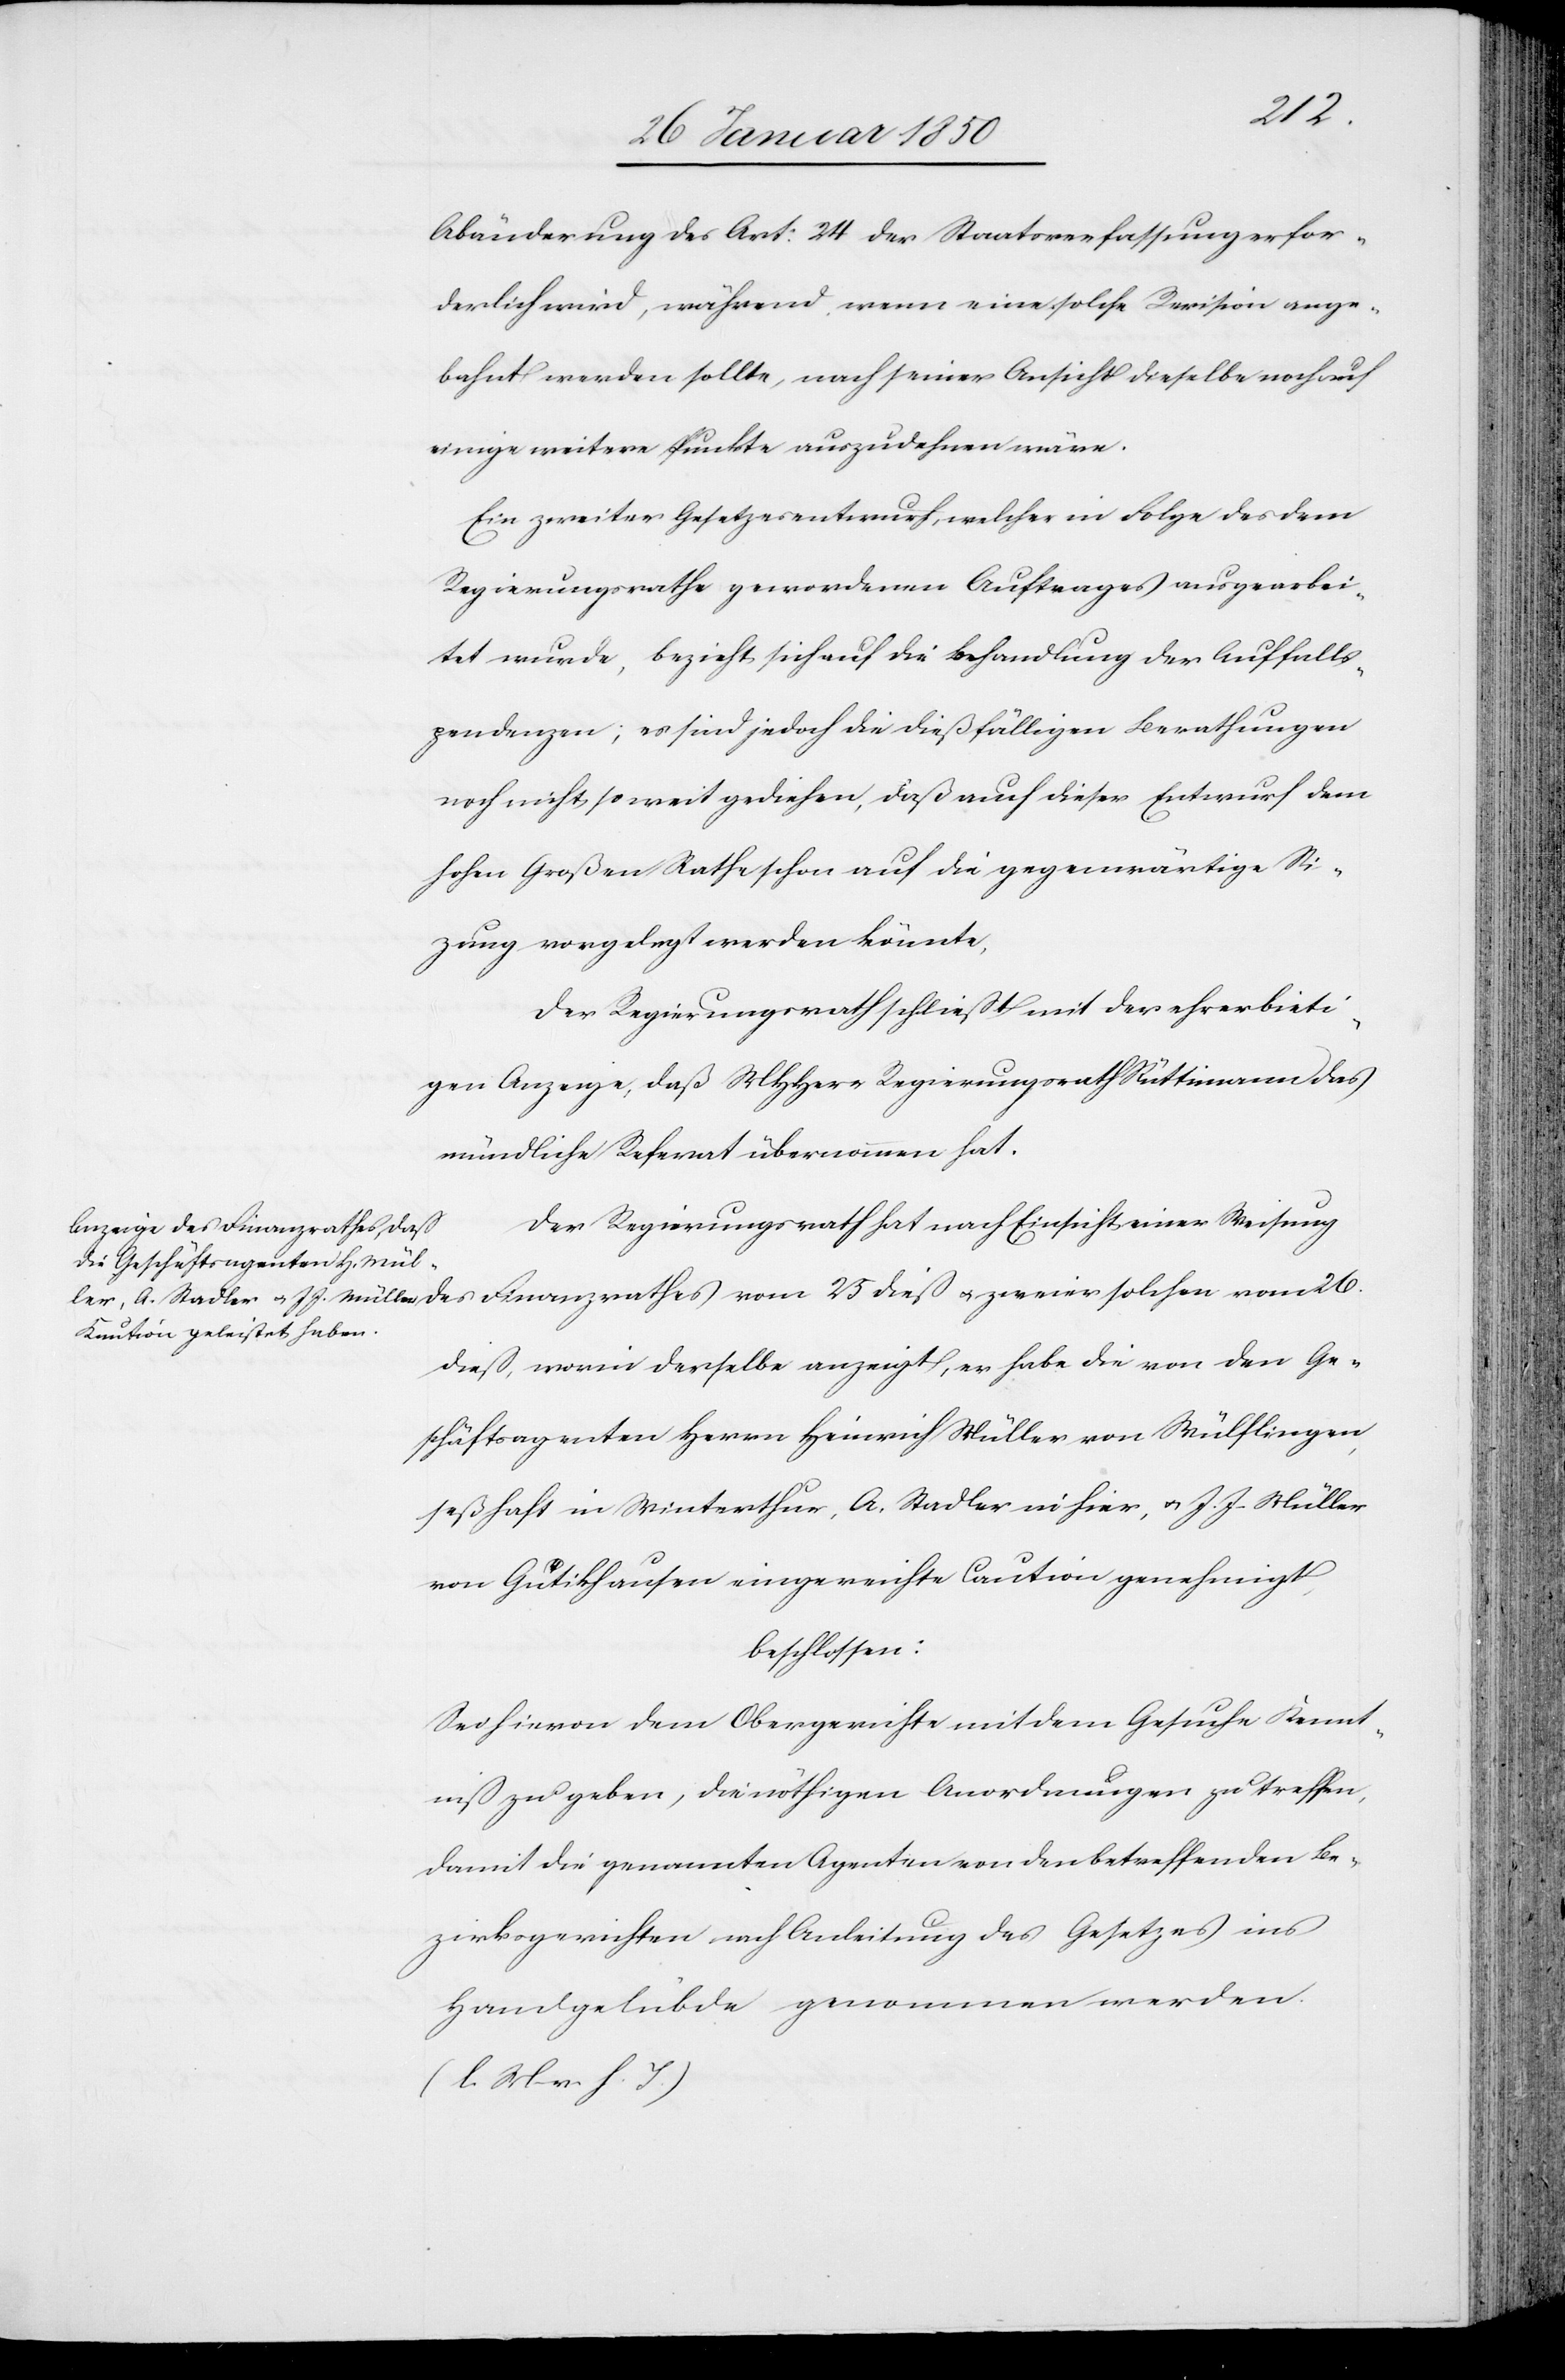
26.
Abänderung des Art: 24 der Staatsverfassung erfor¬
derlich wird, während, wenn eine solche Revision ange¬
bahnt werden sollte, nach seiner Ansicht dieselbe noch auf
einige weitere Punkte auszudehnen wäre.
Ein zweiter Gesetzesentwurf, welcher in Folge des dem
Regierungsrathe gewordenen Auftrages ausgearbei¬
tet wurde, bezieht sich auf die Behandlung der Auffalls¬
pendenzen; es sind jedoch die dießfälligen Berathungen
noch nicht so weit gediehen, daß auch dieser Entwurf dem
hohen Großen Rathe schon auf die gegenwärtige Si¬
zung vorgelegt werden könnte.
Der Regierungsrath schließt mit der ehrerbieti¬
gen Anzeige, daß MHHerr Regierungsrath Rüttimann das
mündliche Referat übernommen hat.
Der Regierungsrath hat nach Einsicht einer Weisung
dieß, worin derselbe anzeigt, er habe die von den Ge¬
schäftsagenten Herrn Heinrich Müller von Wülflingen,
seßhaft in Winterthur, A. Stadler in hier, u. J. J. Müller
von Gutikhausen eingereichte Caution genehmigt,
beschlossen
Sei hievon dem Obergerichte mit dem Gesuche Kennt¬
niß zu geben, die nöthigen Anordnungen zu treffen,
damit die genannten Agenten von den betreffenden Be¬
zirksgerichten nach Anleitung des Gesetzes ins
Handgelübde genommen werden.
(l. M. v. h. T.)